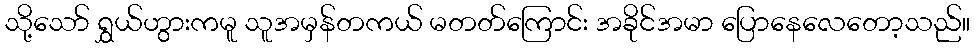
သို့သော် ရွှယ်ဟွားကမူ သူအမှန်တကယ် မတတ်ကြောင်း အခိုင်အမာ ပြောနေလေတော့သည်။